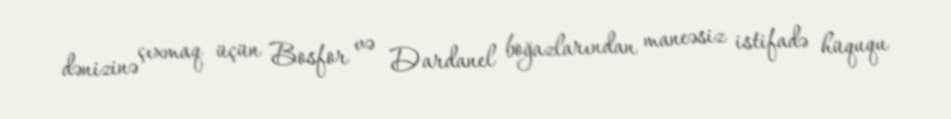
dənizinə çıxmaq üçün Bosfor və Dardanel boğazlarından maneəsiz istifadə hüququ